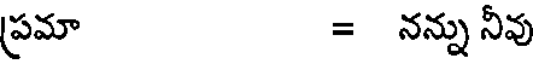
ప్రమా = నన్ను నీవు